Burma Government Medical School reports 1907-22
Year: 1907
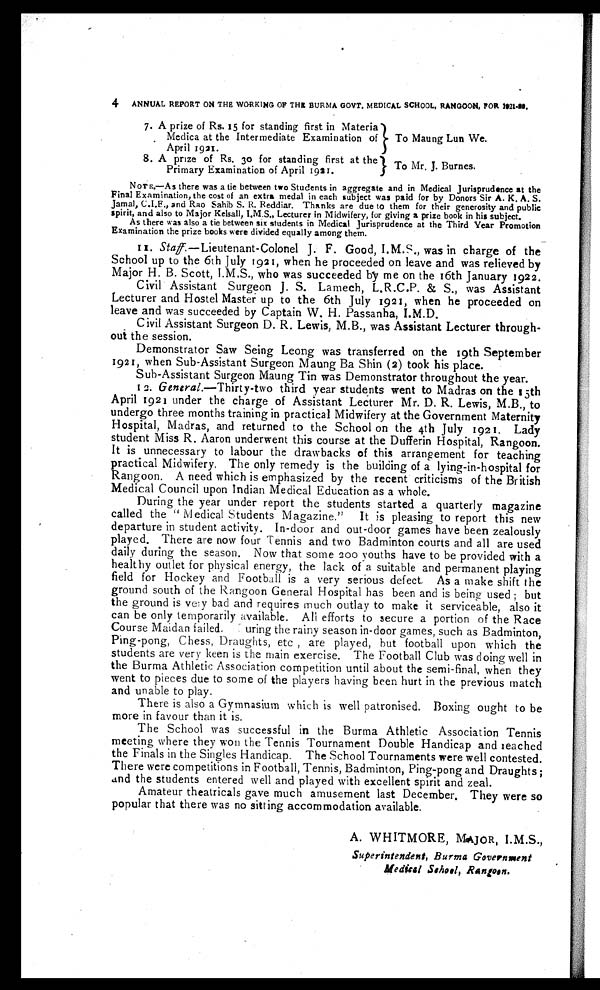
4 ANNUAL REPORT ON THE WORKING OF THE BURMA GOVT. MEDICAL SCHOOL, RANGOON, FOR 1921-22.
7. A prize of Rs. 15 for standing first in Materia
Medica at the Intermediate Examination of
To Maung Lun We.
April 1921 .
8. A prize of Rs. 3o for standing first at the
Primary Examination of April 1921.
To Mr. J. Burnes.
NOTE.—As there was a tie between two Students in aggregate and in Medical Jurisprudence at the
Final Examination, the cost of an extra medal in each subject was paid for by Donors Sir A. K. A. S.
Jamal, C.I.E., and Rao Sahib S. R. Reddiar. Thanks are due to them for their generosity and public
spirit, and also to Major Kelsall, I.M.S., Lecturer in Midwifery, for giving a prize book in his subject.
As there was also a tie between six students in Medical Jurisprudence at the Third Year Promotion
Examination the prize books were divided equally among them.
11.
Staff.— L i e u t e n a n t - C o l o n e l J . F . G o o d , I . M . S . , w a s i n c h a r g e o f t h e
School up to the 6th July 1921, when he proceeded on leave and was relieved by
Major H. B. Scott, I.M.S., who was succeeded by me on the 16th January 1922.
Civil Assistant Surgeon J. S. Lamech, L.R.C.P.& S., was Assistant
Lecturer and Hostel Master up to the 6th July 1921, when he proceeded on
leave and was succeeded by Captain W. H. Passanha, I.M.D.
Civil Assistant Surgeon D. R. Lewis, M.B., was Assistant Lecturer through-
out the session.
Demonstrator Saw Seing Leong was transferred on the 19th September
1921, when Sub-Assistant Surgeon Maung Ba Shin (2) took his place.
Sub-Assistant Surgeon Maung Tin was Demonstrator throughout the year.
12. General .—Thirty-two third year students went to Madras on the 15th
April 1921 under the charge of Assistant Lecturer Mr. D. R. Lewis, M.B., to
undergo three months training in practical Midwifery at the Government Maternity
Hospital, Madras, and returned to the School on the 4th July 1921. Lady
student Miss R. Aaron underwent this course at the Dufferin Hospital, Rangoon.
It is unnecessary to labour the drawbacks of this arrangement for teaching
practical Midwifery. The only remedy is the building of a lying-in-hospital for
Rangoon. A need which is emphasized by the recent criticisms of the British
Medical Council upon Indian Medical Education as a whole.
During the year under report the students started a quarterly magazine
called the "Medical Students Magazine." It is pleasing to report this new
departure in student activity. In-door and out-door games have been zealously
played. There are now four Tennis and two Badminton courts and all are used
daily during the season. Now that some 200 youths have to be provided with a
healthy outlet for physical energy, the lack of a suitable and permanent playing
field for Hockey and Football is a very serious defect As a make shift the
ground south of the Rangoon General Hospital has been and is being used but
the ground is very bad and requires much outlay to make it serviceable, also it
can be only temporarily available. All efforts to secure a portion of the Race
Course Maidan failed. During the rainy season in-door games, such as Badminton,
Ping-pong, Chess, Draughts, etc , are played, but football upon which the
students are very keen is the main exercise. The Football Club was doing well in
the Burma Athletic Association competition until about the semi-final, when they
went to pieces due to some of the players having been hurt in the previous match
and unable to play.
There is also a Gymnasium which is well patronised. Boxing ought to be
more in favour than it is.
The School was successful in the Burma Athletic Association Tennis
meeting where they won the Tennis Tournament Double Handicap and leached
the Finals in the Singles Handicap. The School Tournaments were well contested.
There were competitions in Football, Tennis, Badminton, Ping-pong and Draughts;
and the students entered well and played with excellent spirit and zeal.
Amateur theatricals gave much amusement last December. They were so
popular that there was no sitting accommodation available.
A. WHITMORE, MAJOR, I.M.S.,
Superintendent, Burma Government
Medical School, Rangoon.